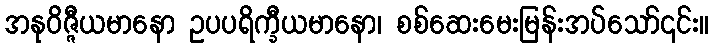
အနုဝိဇ္ဇီယမာနော ဥပပရိက္ခီယမာနော၊ စစ်ဆေးမေးမြန်းအပ်သော်၎င်း။